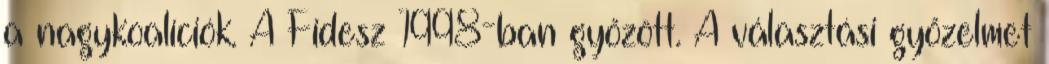
a nagykoalíciók. A Fidesz 1998-ban győzött. A választási győzelmet